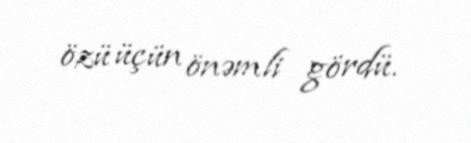
özü üçün önəmli gördü.